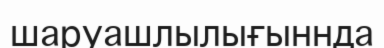
шаруашлылығыннда